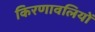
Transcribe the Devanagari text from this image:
किरणावलियों